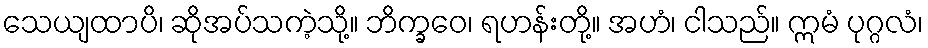
သေယျထာပိ၊ ဆိုအပ်သကဲ့သို့။ ဘိက္ခဝေ၊ ရဟန်းတို့။ အဟံ၊ ငါသည်။ ဣမံ ပုဂ္ဂလံ၊